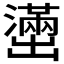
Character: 𫥭